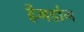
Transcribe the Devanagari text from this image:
हेंगडांग